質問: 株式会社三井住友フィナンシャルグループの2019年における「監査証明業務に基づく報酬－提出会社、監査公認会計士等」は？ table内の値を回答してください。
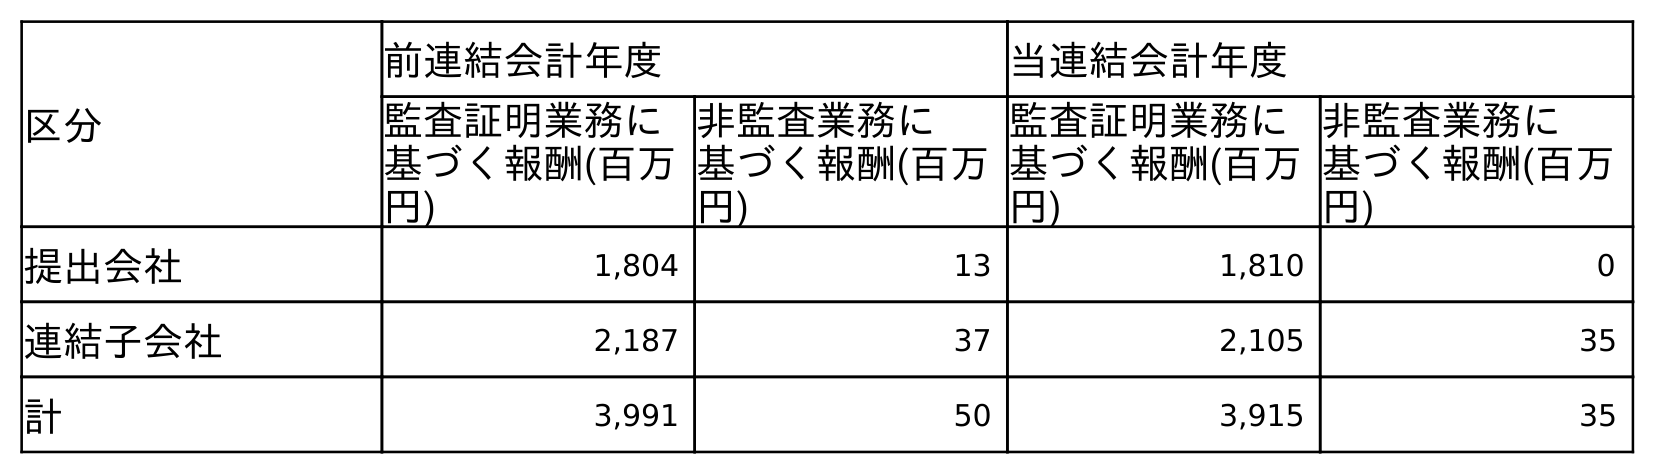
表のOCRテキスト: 区分 前連結会計年度 当連結会計年度 監査証明業務に 基づく報酬(百万 円) 非監査業務に 基づく報酬(百万 円) 監査証明業務に 基づく報酬(百万 円) 非監査業務に 基づく報酬(百万 円) 提出会社 1,804 13 1,810 0 連結子会社 2,187 37 2,105 35 計 3,991 50 3,915 35
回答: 1,804